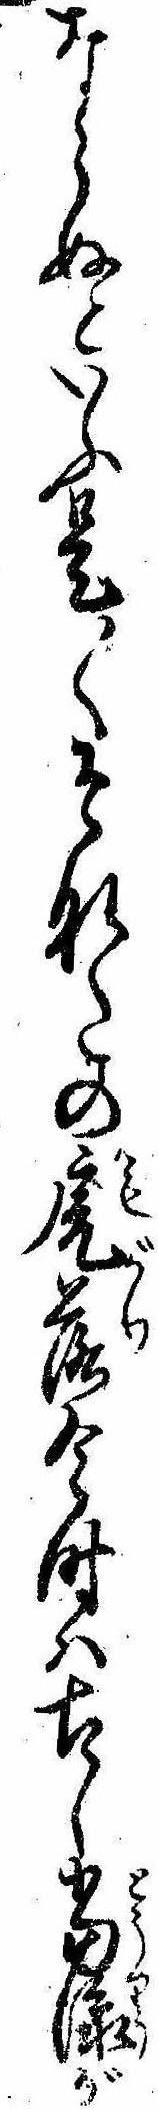
ならぬといふ是〱そなたの虎落今時は古し当流が